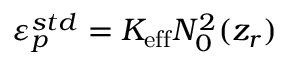
\varepsilon _ { p } ^ { s t d } = K _ { \mathrm { e f f } } N _ { 0 } ^ { 2 } ( z _ { r } )